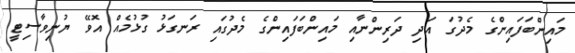
މައިންބަފައިންގެ މެދުގަ އަދި ދަރިންނާއި މައިންބަފައިންގެ މެދުގައި ރަނގަޅު ގުޅުމެއް އޮވޭ ޔުނިވާސިޓީ